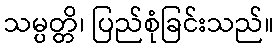
သမ္ပတ္တိ၊ ပြည်စုံခြင်းသည်။